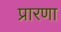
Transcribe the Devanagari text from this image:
प्रारणा